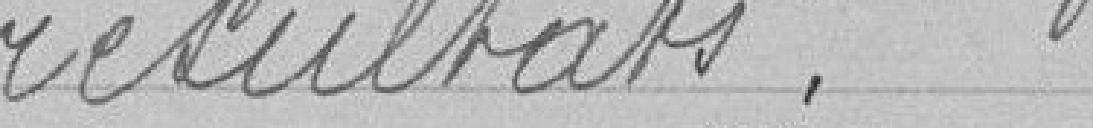
résultats.